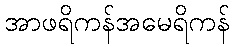
အာဖရိကန်အမေရိကန်